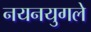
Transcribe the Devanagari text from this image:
नयनयुगले